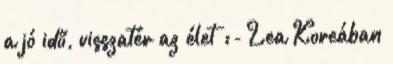
a jó idő, visszatér az élet :- Lea Koreában